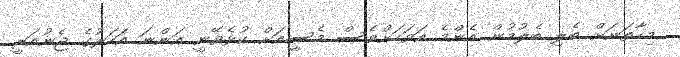
މިހާތަނަށް ބެލި ބެލުމުން އެންމެ އަވަހަށްވެސް މެސީއަށް ކުޅެވޭނީ އަންނަ އަހަރުގެ ޖެނުއަރީ